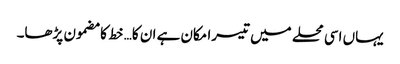
یہاں اسی محلے میں تیسرا مکان ہے ان کا… خط کا مضمون پڑھا۔